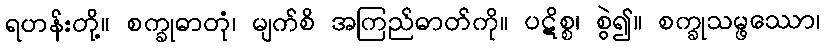
ရဟန်းတို့။ စက္ခုဓာတုံ၊ မျက်စိ အကြည်ဓာတ်ကို။ ပဋိစ္စ၊ စွဲ၍။ စက္ခုသမ္ဖဿော၊